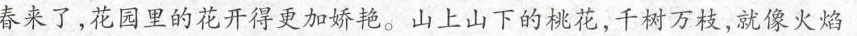
春来了，花园里的花开得更加娇艳。山上山下的桃花，千树万枝，就像火焰